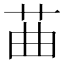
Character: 䒼